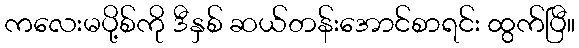
ကလေးမပို့စ်ကို ဒီနှစ် ဆယ်တန်းအောင်စာရင်း ထွက်ပြီ။